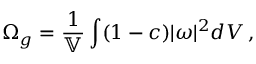
\Omega _ { g } = \frac { 1 } { \mathbb { V } } \int ( 1 - c ) | \boldsymbol { \omega } | ^ { 2 } d V \, ,